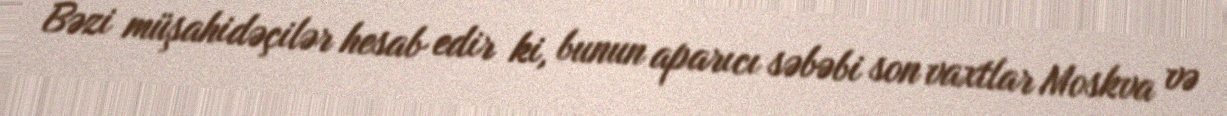
Bəzi müşahidəçilər hesab edir ki, bunun aparıcı səbəbi son vaxtlar Moskva və